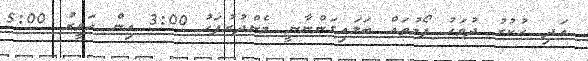
އަދި ހުކުރު ދުވަހު ފޯމުތައް ބަލައިގަންނާނީ މެންދުރުފަހު 3:00 އިން ހަވީރު 5:00